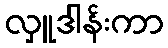
လှူဒါန်းကာ